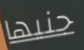
جنيها